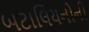
બટાલિયનોની